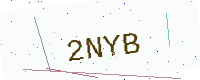
Text: 2NYB